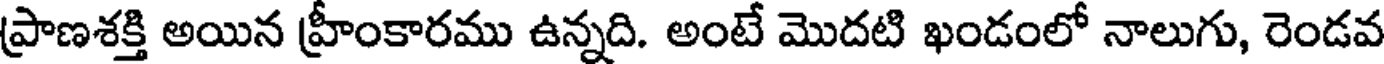
ప్రాణశక్తి అయిన హ్రీంకారము ఉన్నది. అంటే మొదటి ఖండంలో నాలుగు, రెండవ